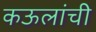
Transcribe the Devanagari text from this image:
कऊलांची